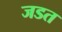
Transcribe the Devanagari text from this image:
जडत